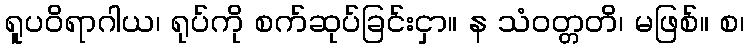
ရူပဝိရာဂါယ၊ ရုပ်ကို စက်ဆုပ်ခြင်းငှာ။ န သံဝတ္တတိ၊ မဖြစ်။ စ၊